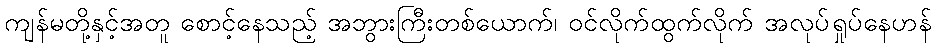
ကျန်မတို့နှင့်အတူ စောင့်နေသည့် အဘွားကြီးတစ်ယောက်၊ ဝင်လိုက်ထွက်လိုက် အလုပ်ရှုပ်နေဟန်